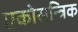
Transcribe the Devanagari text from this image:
एकोसन्त्रिक